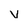
Character: v